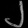
Digit: ၂